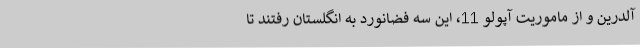
آلدرین و از ماموریت آپولو 11، این سه فضانورد به انگلستان رفتند تا